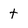
Character: t